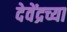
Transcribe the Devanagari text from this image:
देवेंद्रच्या